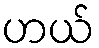
ဟယ်